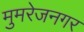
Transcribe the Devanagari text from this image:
मुमरेजनगर